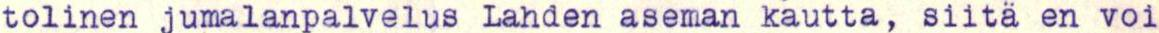
tolinen jumalanpalvelus Lahden aseman kautta, siitä en voi